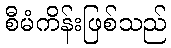
စီမံကိန်းဖြစ်သည်